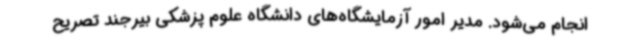
انجام می‌شود. مدیر امور آزمایشگاه‌های دانشگاه علوم پزشکی بیرجند تصریح